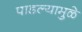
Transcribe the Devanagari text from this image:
पाडल्यामुळे